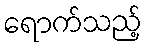
ရောက်သည့်